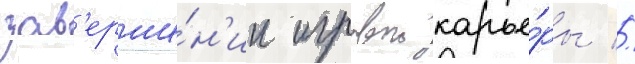
зав'ерше́н'ии игровои карье́ры //